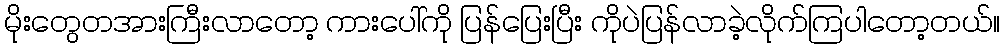
မိုးတွေတအားကြီးလာတော့ ကားပေါ်ကို ပြန်ပြေးပြီး ကိုပဲပြန်လာခဲ့လိုက်ကြပါတော့တယ်။